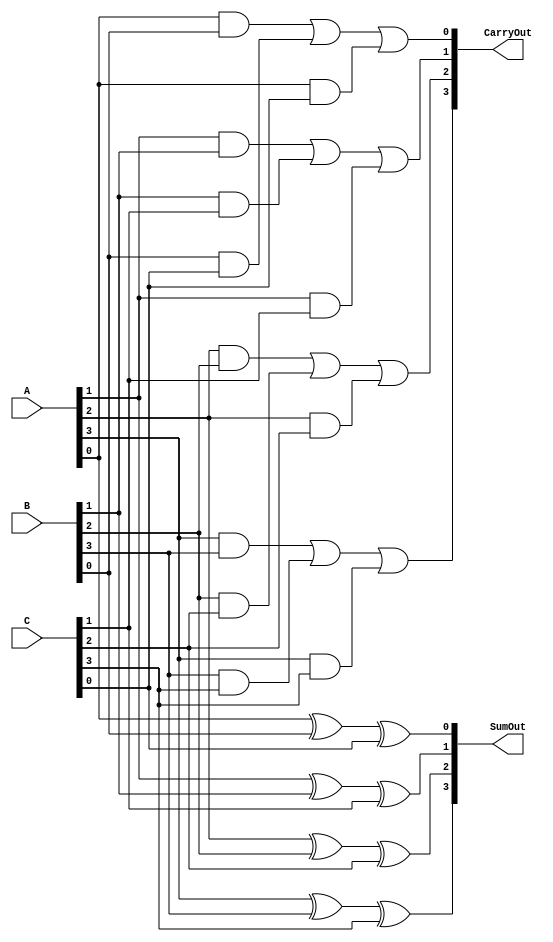
module CarrySaveAdder (
    input  [3:0] A, // 4-bit input A
    input  [3:0] B, // 4-bit input B
    input  [3:0] C, // 4-bit input C
    output [3:0] SumOut, // Sum output from CSA
    output [3:0] CarryOut // Carry output from CSA
);
    wire [3:0] sum;    // Intermediate sum from CSA
    wire [3:0] carry;  // Intermediate carry from CSA

    // Full adders for Carry Save Adder
    genvar i;
    generate
        for (i = 0; i < 4; i = i + 1) begin: full_adder
            wire p1, p2, p3; // inputs to full adder
            assign p1 = A[i];
            assign p2 = B[i];
            assign p3 = C[i];

            // Sum output is p1 XOR p2 XOR p3
            assign sum[i] = p1 ^ p2 ^ p3;

            // Carry output is (p1 AND p2) OR (p2 AND p3) OR (p1 AND p3)
            assign carry[i] = (p1 & p2) | (p2 & p3) | (p1 & p3);
        end
    endgenerate

    assign SumOut = sum;
    assign CarryOut = carry;
endmodule